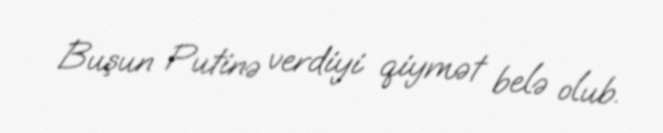
Buşun Putinə verdiyi qiymət belə olub.